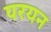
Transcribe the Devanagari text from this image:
परयन